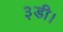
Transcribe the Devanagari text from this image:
३डी।